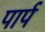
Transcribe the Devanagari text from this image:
पार्प